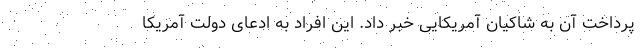
پرداخت آن به شاکیان آمریکایی خبر داد. این افراد به ادعای دولت آمریکا